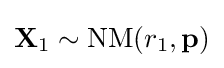
\mathbf {X} _{1}\sim \mathrm {NM} (r_{1},\mathbf {p} )